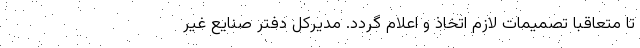
تا متعاقباً تصمیمات لازم اتخاذ و اعلام گردد. مدیرکل دفتر صنایع غیر